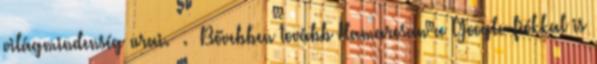
világmindenség urai. . Bővebben tovább Hamarosan a Google-fiókkal is